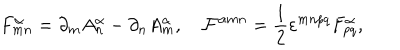
LaTeX: F _ { m n } ^ { \alpha } = \partial _ { m } A _ { n } ^ { \alpha } - \partial _ { n } A _ { m } ^ { \alpha } , \quad { \cal F } ^ { \alpha m n } = \frac { 1 } { 2 } \varepsilon ^ { m n p q } F _ { p q } ^ { \alpha } ,